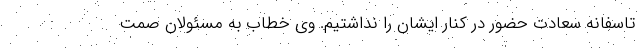
تاسفانه سعادت حضور در کنار ایشان را نداشتیم. وی خطاب به مسئولان صمت